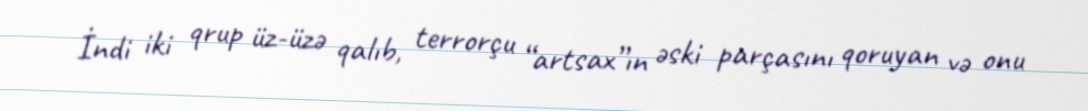
İndi iki qrup üz-üzə qalıb, terrorçu “artsax”ın əski parçasını qoruyan və onu